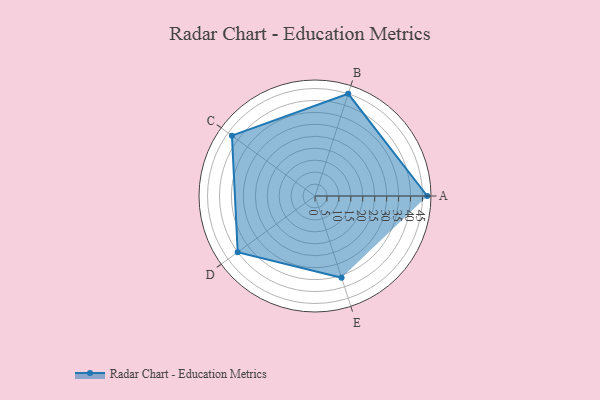
{"axis": {"x": "Skill", "y": "Score"}, "legend": ["Profile"], "data": [{"x": "A", "y": 47.0, "type": "Profile"}, {"x": "B", "y": 45.0, "type": "Profile"}, {"x": "C", "y": 43.0, "type": "Profile"}, {"x": "D", "y": 40.0, "type": "Profile"}, {"x": "E", "y": 36.0, "type": "Profile"}]}